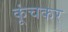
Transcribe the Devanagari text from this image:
कूंचकर